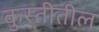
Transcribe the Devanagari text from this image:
कुस्तीतील